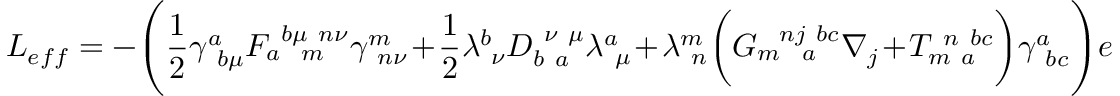
L _ { e f f } = - \Biggl ( \frac { 1 } { 2 } \gamma _ { ~ b \mu } ^ { a } F _ { a ~ ~ m } ^ { ~ b \mu ~ n \nu } \gamma _ { ~ n \nu } ^ { m } + \frac { 1 } { 2 } \lambda _ { ~ \nu } ^ { b } D _ { b ~ a } ^ { ~ \nu ~ \mu } \lambda _ { ~ \mu } ^ { a } + \lambda _ { ~ n } ^ { m } \biggl ( G _ { m ~ ~ a } ^ { ~ ~ n j ~ b c } \nabla _ { j } + T _ { m ~ a } ^ { ~ n ~ b c } \biggr ) \gamma _ { ~ b c } ^ { a } \Biggr ) e